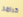
كرامر